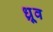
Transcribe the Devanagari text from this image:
ध्र्रूव